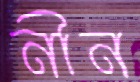
নীন